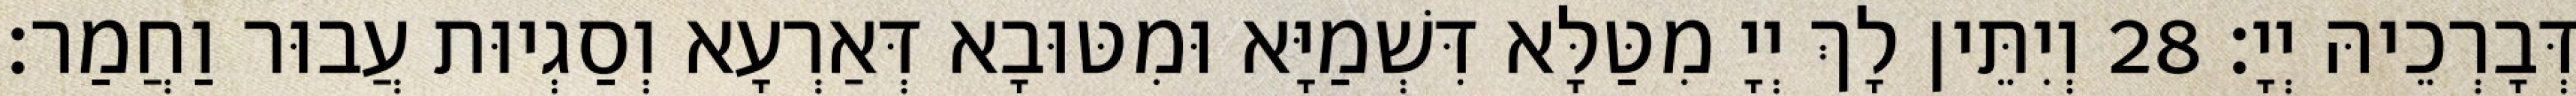
דְּבָרְכֵיהּ יְיָ׃ 28 וְיִתֵּין לָךְ יְיָ מִטַּלָּא דִּשְׁמַיָּא וּמִטּוּבָא דְּאַרְעָא וְסַגְיוּת עֲבוּר וַחֲמַר׃